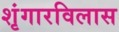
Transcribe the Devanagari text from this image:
शृंगारविलास